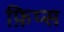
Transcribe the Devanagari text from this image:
फ़िप्स